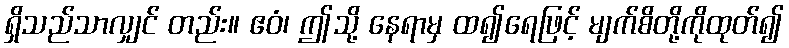
ရှိသည်သာလျှင် တည်း။ ဧဝံ၊ ဤသို့ နေရာမှ ထ၍ရေဖြင့် မျက်စိတို့ကိုထုတ်၍